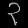
Digit: ၃